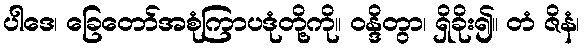
ပါဒေ၊ ခြေတော်အစုံကြာပဒုံတို့ကို။ ဝန္ဒိတွာ၊ ရှိခိုး၍။ တံ ဇိနံ၊